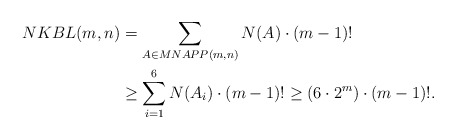
\begin{align*} NKBL(m,n) &= \sum_{A\in MNAPP(m,n)} N(A) \cdot (m-1)! \\ &\ge \sum_{i=1}^{6} N(A_i) \cdot (m-1)! \ge (6\cdot 2^m)\cdot (m-1)!.\end{align*}